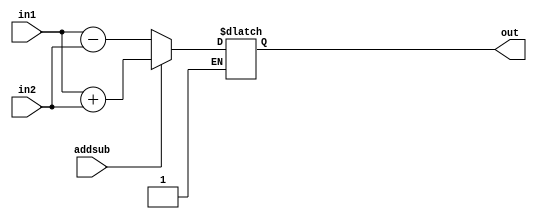

module ALU (out,in1,in2,addsub);

  input addsub ;  // addsub = 1 then addition else subtraction
  input signed[15:0] in1,in2;
  output reg signed[15:0] out;
  
  always@(*)
    begin
      if(addsub)
	      out  = in1 + in2;
      else if(!addsub)
	      out  = in1 - in2;
	end
	
endmodule